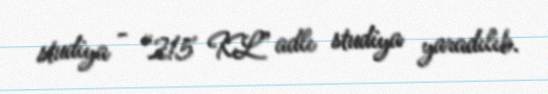
studiya - “215 KL” adlı studiya yaradılıb.